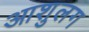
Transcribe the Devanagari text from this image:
आशुलग